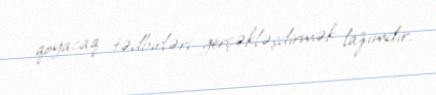
qoyacaq tədbirləri gerçəkləşdirmək lazımdır.